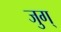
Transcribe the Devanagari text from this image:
जुग्